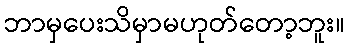
ဘာမှပေးသိမှာမဟုတ်တော့ဘူး။